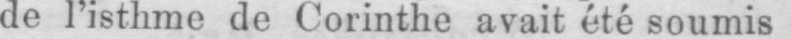
de l’isthme de Corinthe avait été soumis